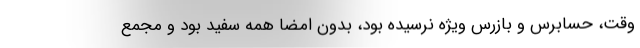
وقت، حسابرس و بازرس ویژه نرسیده بود، بدون امضا همه سفید بود و مجمع